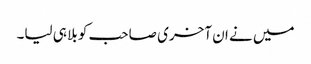
میں نے ان آخری صاحب کو بلا ہی لیا۔